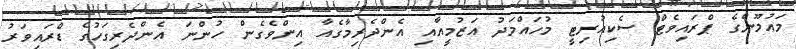
މައުމޫންގެ ޕްރައިވެޓް ސެކިއުރިޓީ މުހައްމަދު އަޒުމީއާއި އެންދެރިމާގެއާ އިންވެގެން ހުންނަ އެންދެރިގަހުގެ ޑްރައިވަރު